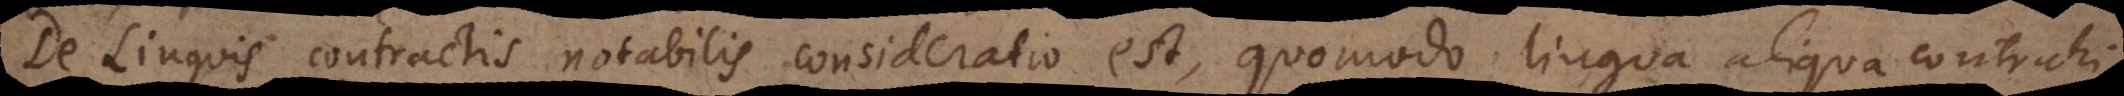
De Linguis contractis notabilis consideratio est, quomodo lingua aliqua contrahi